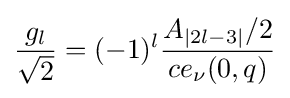
{\frac {g_{l}}{\sqrt {2}}}=(-1)^{l}{\frac {A_{|2l-3|}/2}{ce_{\nu }(0,q)}}